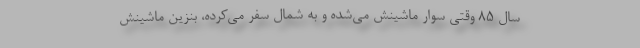
سال ۸۵ وقتی سوار ماشینش می‌شده و به شمال سفر می‌کرده، بنزین ماشینش